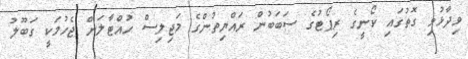
ވިދާޅުވި ގޮތުގައި ކޯނީގެ ރިޕޯޓުގެ ސަބަބުން ރައްޔިތުންގެ މަޖިލިސް ހުއްޓާލަން ޖެހުމަކީ ގަބޫލު